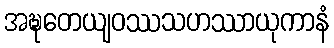
အဍ္ဎတေယျဝဿသဟဿာယုကာနံ